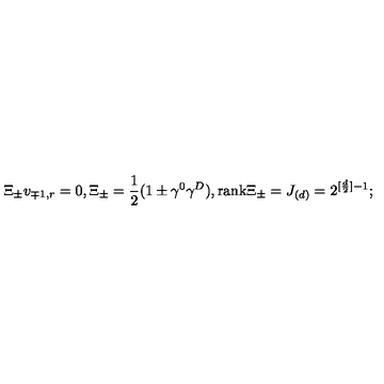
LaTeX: \ \Xi _ { \pm } v _ { \mp 1 , r } = 0 , \Xi _ { \pm } = \frac { 1 } { 2 } ( 1 \pm \gamma ^ { 0 } \gamma ^ { D } ) , \mathrm { r a n k } \Xi _ { \pm } = J _ { ( d ) } = 2 ^ { [ \frac { d } { 2 } ] - 1 } ;